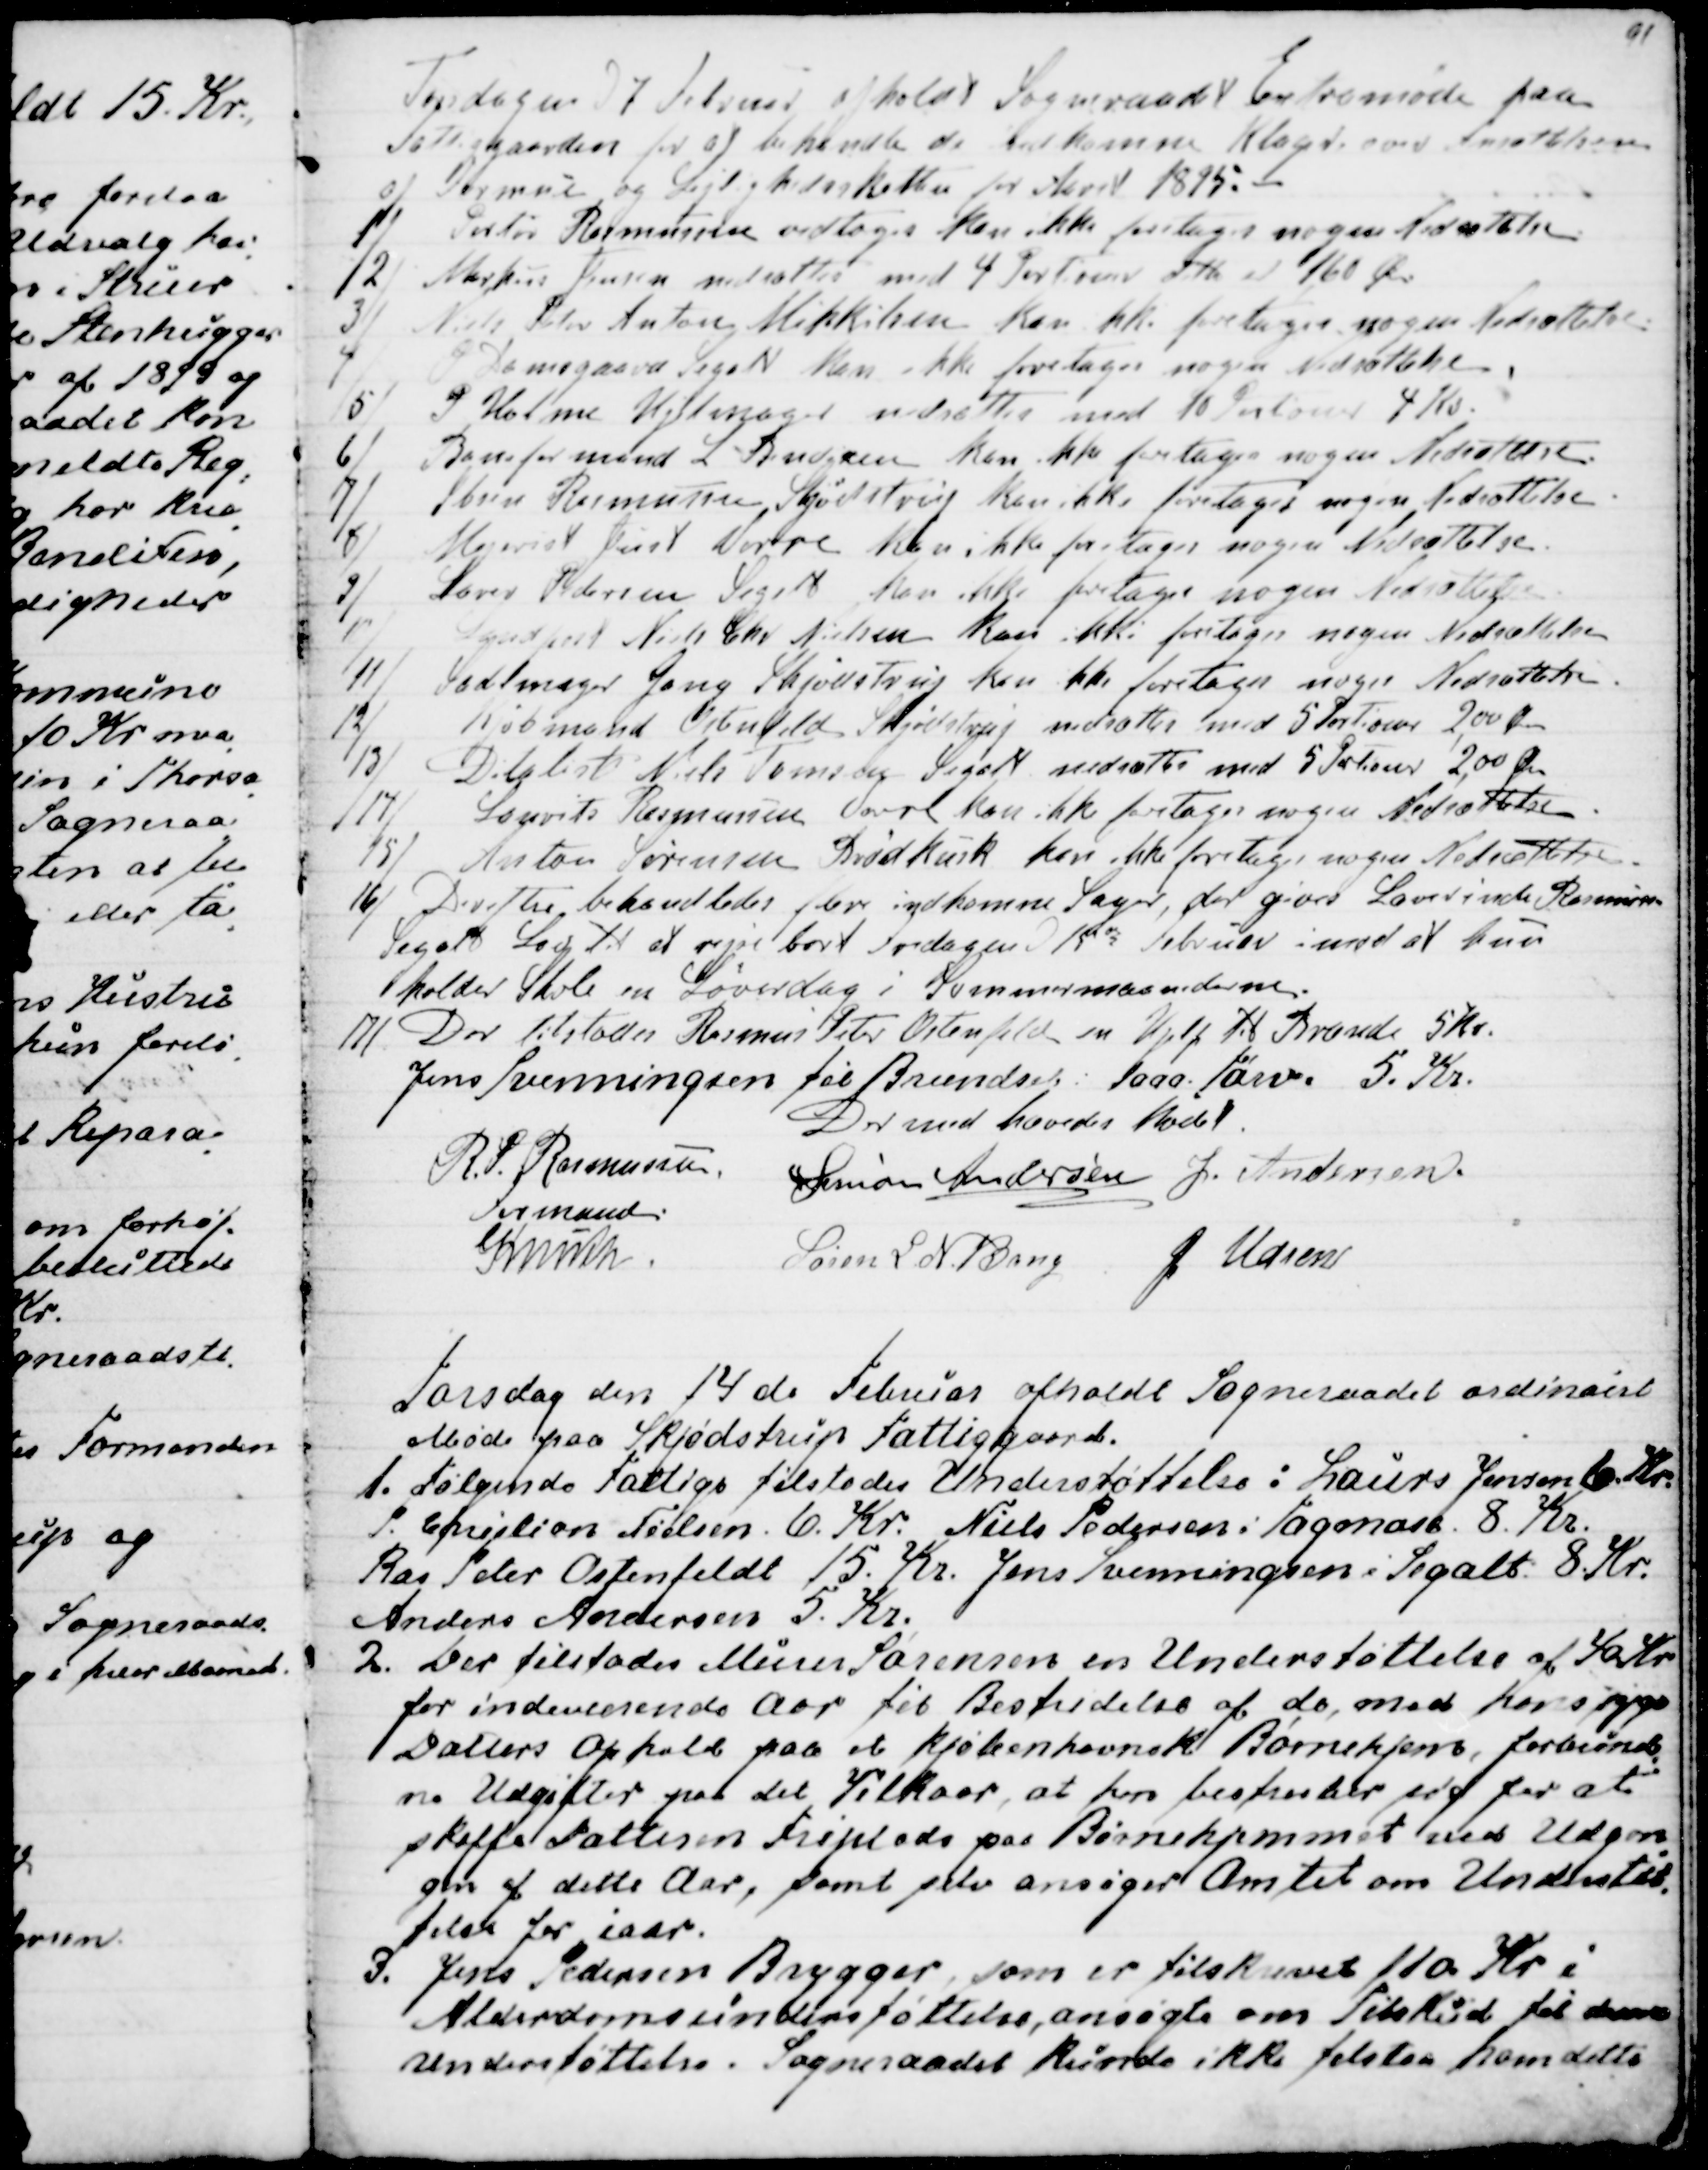
Transskription:
Torsdagen d 7 Januar holdt Sogneraadet Extramøde paa
Fattiggaarden for at behandle de indkomne Klager over Ansættelsen
af Formue og Lejlighedsskatten for Aaret 1895.
1) Pertør Rasmussen vedtoges kan ikke forlange nogen Nedsættelse.
2) Markus Jensen nedsættes med 4 Portioner dette er 160 Ø.
3)
 Niels Peter Anton Mikkelsen kan ikke foretages nogen Nedsættelse.
4) 
 P Damsgaard Segalt kan ikke foretages nogen Nedsættelse.
5) 
P Holme Hjelmager nedsættes med 10 Portioner 4 Kr.
6) 
Baneformand L. Bendixen kan ikke foretages nogen Nedsættelse.
7) 
Ibsen Rasmussen Skjødstrup kan ikke foretages nogen Nedsættelse.
8) Mejerist Just Vorre kan ikke foretages nogen Nedsættelse.
9) Lærer Pedersen Segalt kan ikke foretages nogen Nedsættelse.
10) Landpost Niels Chr. Nielsen kan ikke foretages nogen Nedsættelse.
11) Sadelmager Gang Skjødstrup kan ikke foretages nogen Nedsættelse.
12) Kjøbmand Ostenfeld Skjødstrup nedsættes med 5 Portioner 2,00 Øre
13) Ditalist Niels Tomsen Segalt nedsættes med 5 Portioner 2,00 Øre
14) Laurits Rasmussen Vorre kan ikke foretages nogen Nedsættelse.
15)  Anton Sørensen Brødkusk kan ikke foretages nogen Nedsættelse.
16) Derefter behandledes flere indkomne Sager, der gives Lærerinde Rasmussen
Segalt Lov til at rejse bort Fredagen d 15de Februar imod at hun
holder Skole en Løverdag i Sommermaanederne.
17) Der tilstodes Rasmus Peter Ostenfeld en Hjelp til Brænde 5 Kr.
Jens Svenningsen fik Brændsel 1000 Tørv. 5. Kr.
Dermed hævedes Mødet.
R. P. Rasmussen
Formand
Simon Andersen
J. Andersen.
Knuth.
Søren L. N. Bang
J Udsen

Torsdag den 14de Februar afholdt Sogneraadet ordinairt
Møde paa Skjødstrup Fattiggaard.
1. Følgende Fattige tilstodes Understøttelse: Laurs Jensen 6. Kr.
P. Christian Nielsen. 6. Kr. Niels Pedersen i Tagmose. 8. Kr.
Ras Peder Ostenfeldt 15. Kr. Jens Svenningsen i Segalt: 8. Kr.
Anders Andersen 5. Kr.
2. Der tilstodes Murer Sørensen en Understøttelse af 40 Kr
for indeværende Aar til Bestridelse af de, med hans syge
Datters Ophold paa et kjøbenhavnsk Børnehjem, forbund
-
ne Udgifter paa det Vilkaar, at han bestræber sig for at
skaffe Datteren Friplads paa Børnehjemmet ved Udgan
-
gen af dette Aar, samt selv ansøger Amtet om Understøt
-
telse for iaar.
3. Jens Pedersen Brygger, som er tilskrevet 110 Kr i
Alderdomsunderstøttelse, ansøgte om Tilskud til denne
understøttelse. Sogneraadet kunde ikke tilstaa ham dette